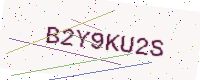
Text: B2Y9KU2S